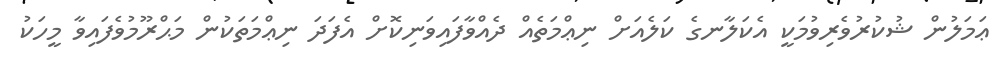
ޢަމަލުން ޝުކުރުވެރިވުމަކީ އެކަލާނގެ ކަލެއަށް ނިޢްމަތެއް ދެއްވާފައިވަނިކޮށް އެފަދަ ނިޢްމަތަކުން މަޙްރޫމުވެފައިވާ މީހަކު